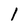
Character: 1